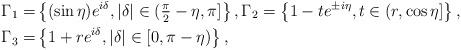
LaTeX: \begin{align*}\Gamma_{1} =&\left\{(\sin\eta) e^{i\delta},|\delta|\in(\tfrac{\pi}{2}-\eta ,\pi]\right\},\Gamma_{2}=\left\{1-te^{\pm i\eta },t\in(r,\cos\eta ]\right\},\\\Gamma_{3}=&\left\{1+re^{i\delta}, |\delta|\in[0,\pi-\eta )\right\},\end{align*}